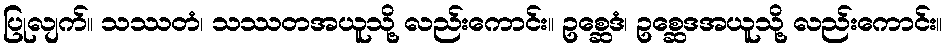
ပြုလျက်။ သဿတံ၊ သဿတအယူသို့ လည်းကောင်း။ ဥစ္ဆေဒံ၊ ဥစ္ဆေဒအယူသို့ လည်းကောင်း။